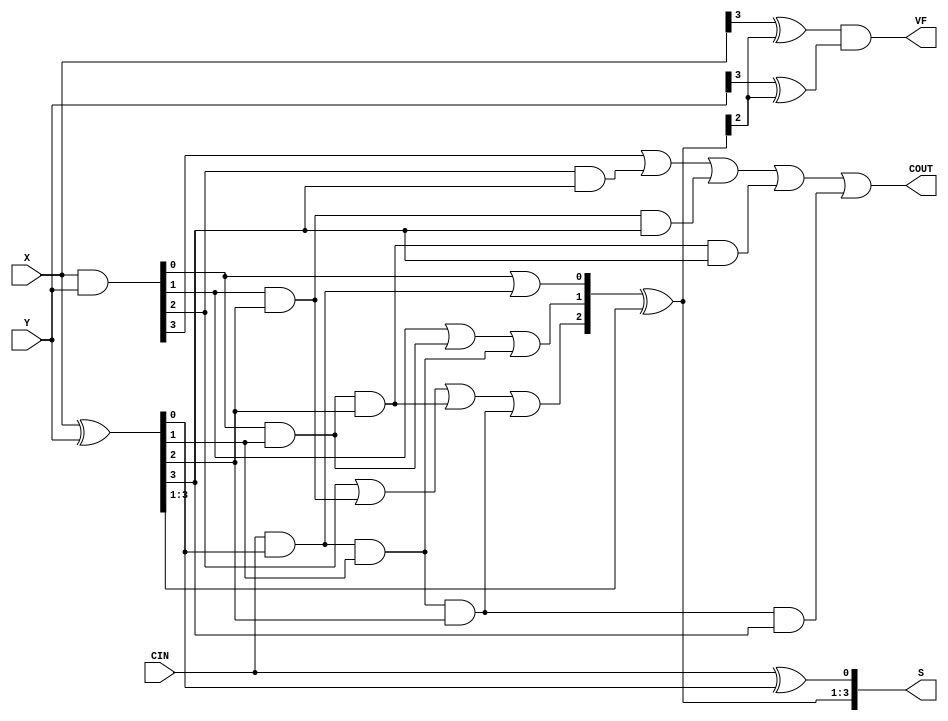
module add_sub(X, Y, CIN, S, COUT, VF);

input wire [3:0] X;
input wire [3:0] Y; // Operands
input wire CIN; // Carry in
output wire [3:0] S; // Sum outputs
output wire COUT;
output wire VF;

wire [3:0] C; // Carry equations (C[3] is Cout)
wire [3:0] P;
wire [3:0] G;

assign G = X & Y; // Generate functions G[0] = X[0]&Y[0];
assign P = X ^ Y; // Propagate functions P[0] = X[0]^Y[0];



// Carry function definitions
assign C[0] = G[0] | CIN & P[0];
assign C[1] = G[1] | G[0] & P[1] | CIN & P[0] & P[1];
assign C[2] = G[2] | G[1] & P[2] | G[0] & P[1] & P[2] | CIN & P[0] & P[1] & P[2];
assign C[3] = G[3] | G[2] & P[3] | G[1] & P[2] & P[3] | G[0] & P[1] & P[2] & P[3] | CIN & P[0] & P[1] & P[2] & P[3];

assign COUT = C[3];
assign S[0] = CIN ^ P[0];
assign S[3:1] = C[2:0] ^ P[3:1];

assign VF = (X[3] ^ S[3]) & (Y[3] ^ S[3]);




endmodule